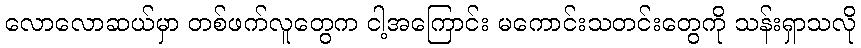
လောလောဆယ်မှာ တစ်ဖက်လူတွေက ငါ့အကြောင်း မကောင်းသတင်းတွေကို သန်းရှာသလို